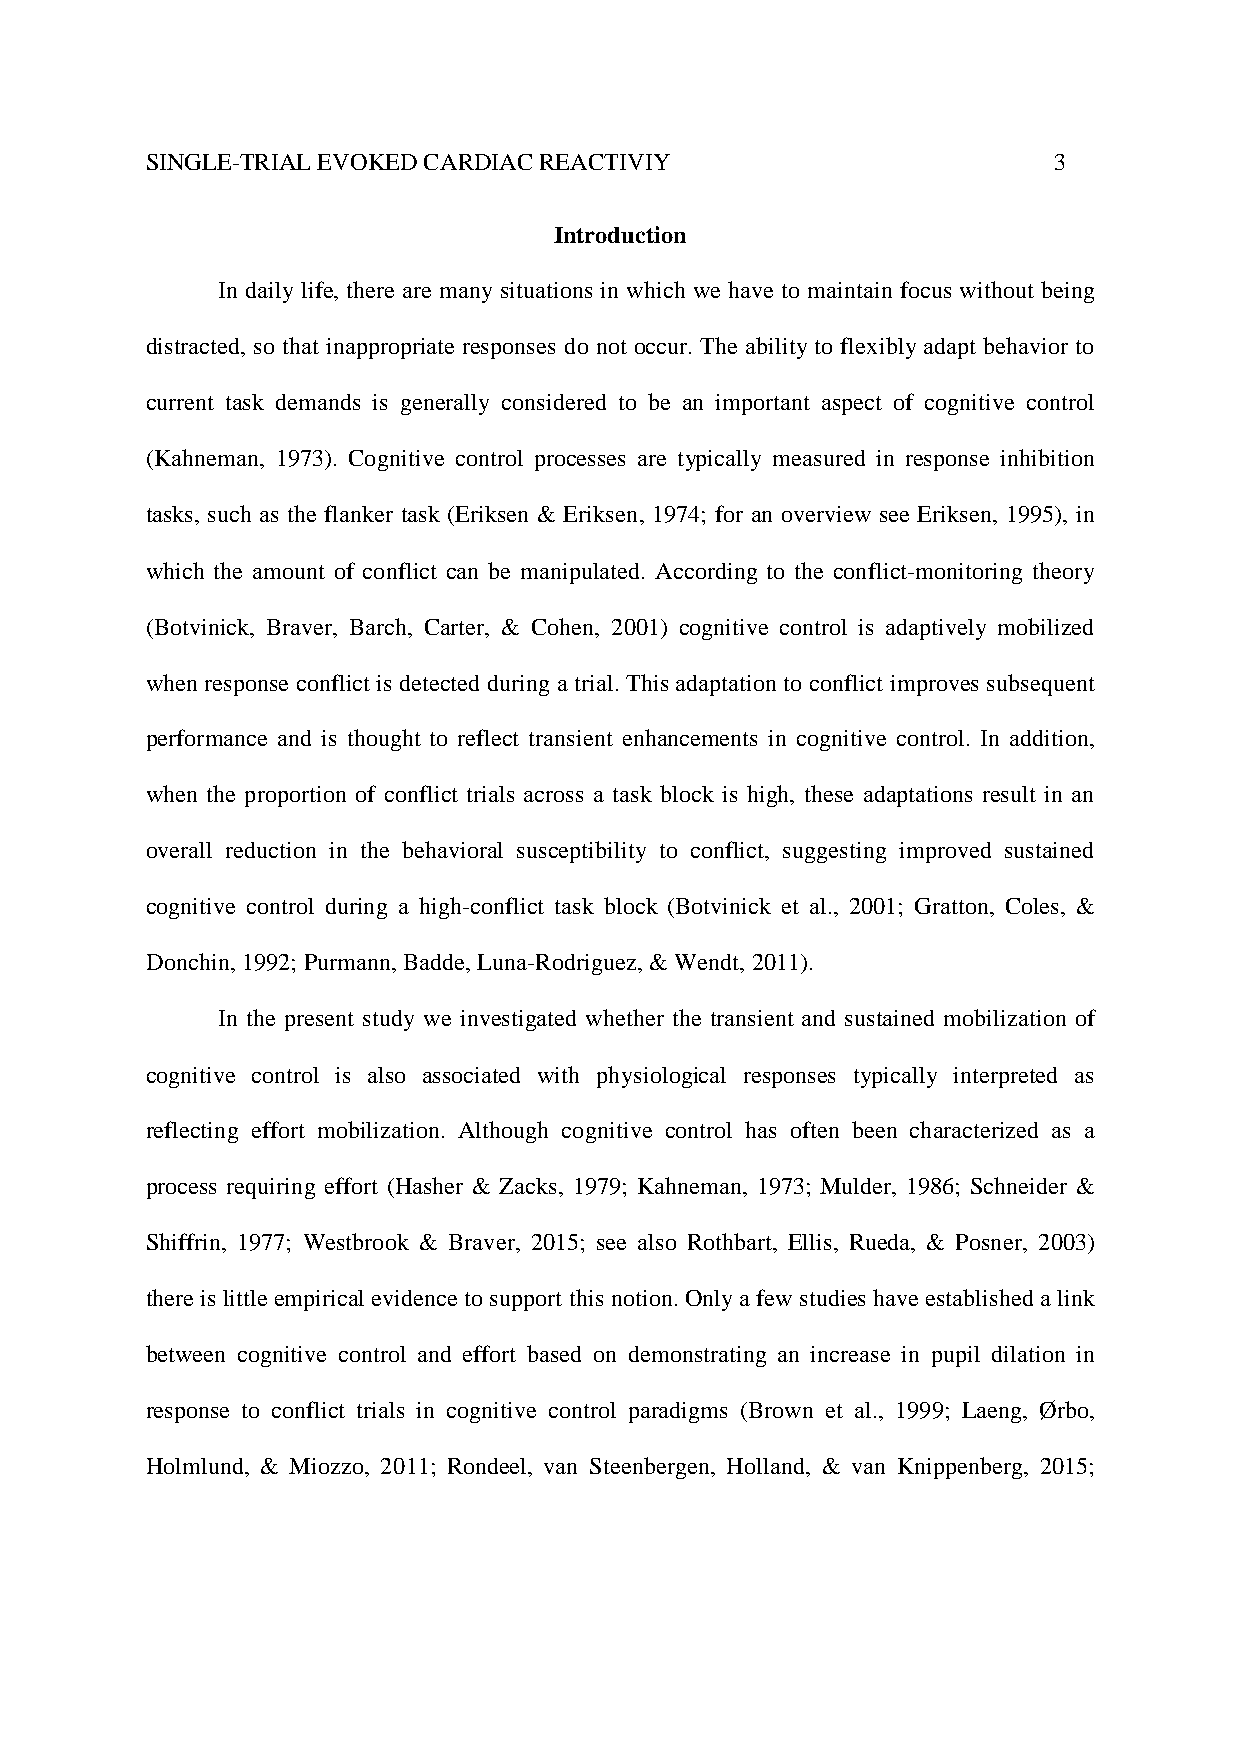
SINGLE-TRIAL EVOKED CARDIAC REACTIVIY                       3
 Introduction
 In daily life, there are many situations in which we have to maintain focus without being
 distracted, so that inappropriate responses do not occur. The ability to flexibly adapt behavior to
 current task demands is generally considered to be an important aspect of cognitive control
 (Kahneman, 1973). Cognitive control processes are typically measured in response inhibition
 tasks, such as the flanker task (Eriksen & Eriksen, 1974; for an overview see Eriksen, 1995), in
 which the amount of conflict can be manipulated. According to the conflict-monitoring theory
 (Botvinick, Braver, Barch, Carter, & Cohen, 2001) cognitive control is adaptively mobilized
 when response conflict is detected during a trial. This adaptation to conflict improves subsequent
 performance and is thought to reflect transient enhancements in cognitive control. In addition,
 when the proportion of conflict trials across a task block is high, these adaptations result in an
 overall reduction in the behavioral susceptibility to conflict, suggesting improved sustained
 cognitive control during a high-conflict task block (Botvinick et al., 2001; Gratton, Coles, &
 Donchin, 1992; Purmann, Badde, Luna-Rodriguez, & Wendt, 2011).
 In the present study we investigated whether the transient and sustained mobilization of
 cognitive control is also associated with physiological responses typically interpreted as
 reflecting effort mobilization. Although cognitive control has often been characterized as a
 process requiring effort (Hasher & Zacks, 1979; Kahneman, 1973; Mulder, 1986; Schneider &
 Shiffrin, 1977; Westbrook & Braver, 2015; see also Rothbart, Ellis, Rueda, & Posner, 2003)
 there is little empirical evidence to support this notion. Only a few studies have established a link
 between cognitive control and effort based on demonstrating an increase in pupil dilation in
 response to conflict trials in cognitive control paradigms (Brown et al., 1999; Laeng, Ørbo,
 Holmlund, & Miozzo, 2011; Rondeel, van Steenbergen, Holland, & van Knippenberg, 2015;